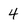
Character: 4